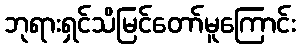
ဘုရားရှင်သိမြင်တော်မူကြောင်း